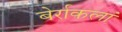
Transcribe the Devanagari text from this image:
बेर्राकलां